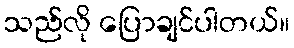
သည်လို ပြောချင်ပါတယ်။